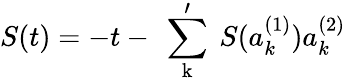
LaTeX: S(t)=-t-\mathrm{~\sum_{k}^{\prime}~}S(a_{k}^{(1)})a_{k}^{(2)}